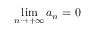
\operatorname* { l i m } _ { n \rightarrow + \infty } a _ { n } = 0